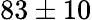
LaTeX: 83\pm 10